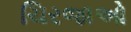
ચિરજાઓ